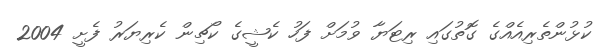
ކުޅުންތެރިއެއްގެ ގޮތުގައި ރިޓަޔާ ވުމަށް ފަހު ކެޝީގެ ކޯޗިން ކެރިޔަރު ފެށީ 2004